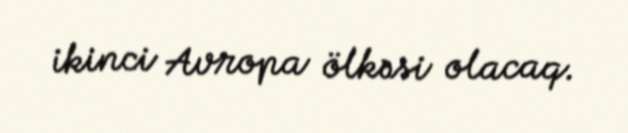
ikinci Avropa ölkəsi olacaq.